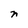
Character: n